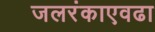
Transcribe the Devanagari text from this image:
जलरंकाएवढा